Kambja_algkool, lk 114
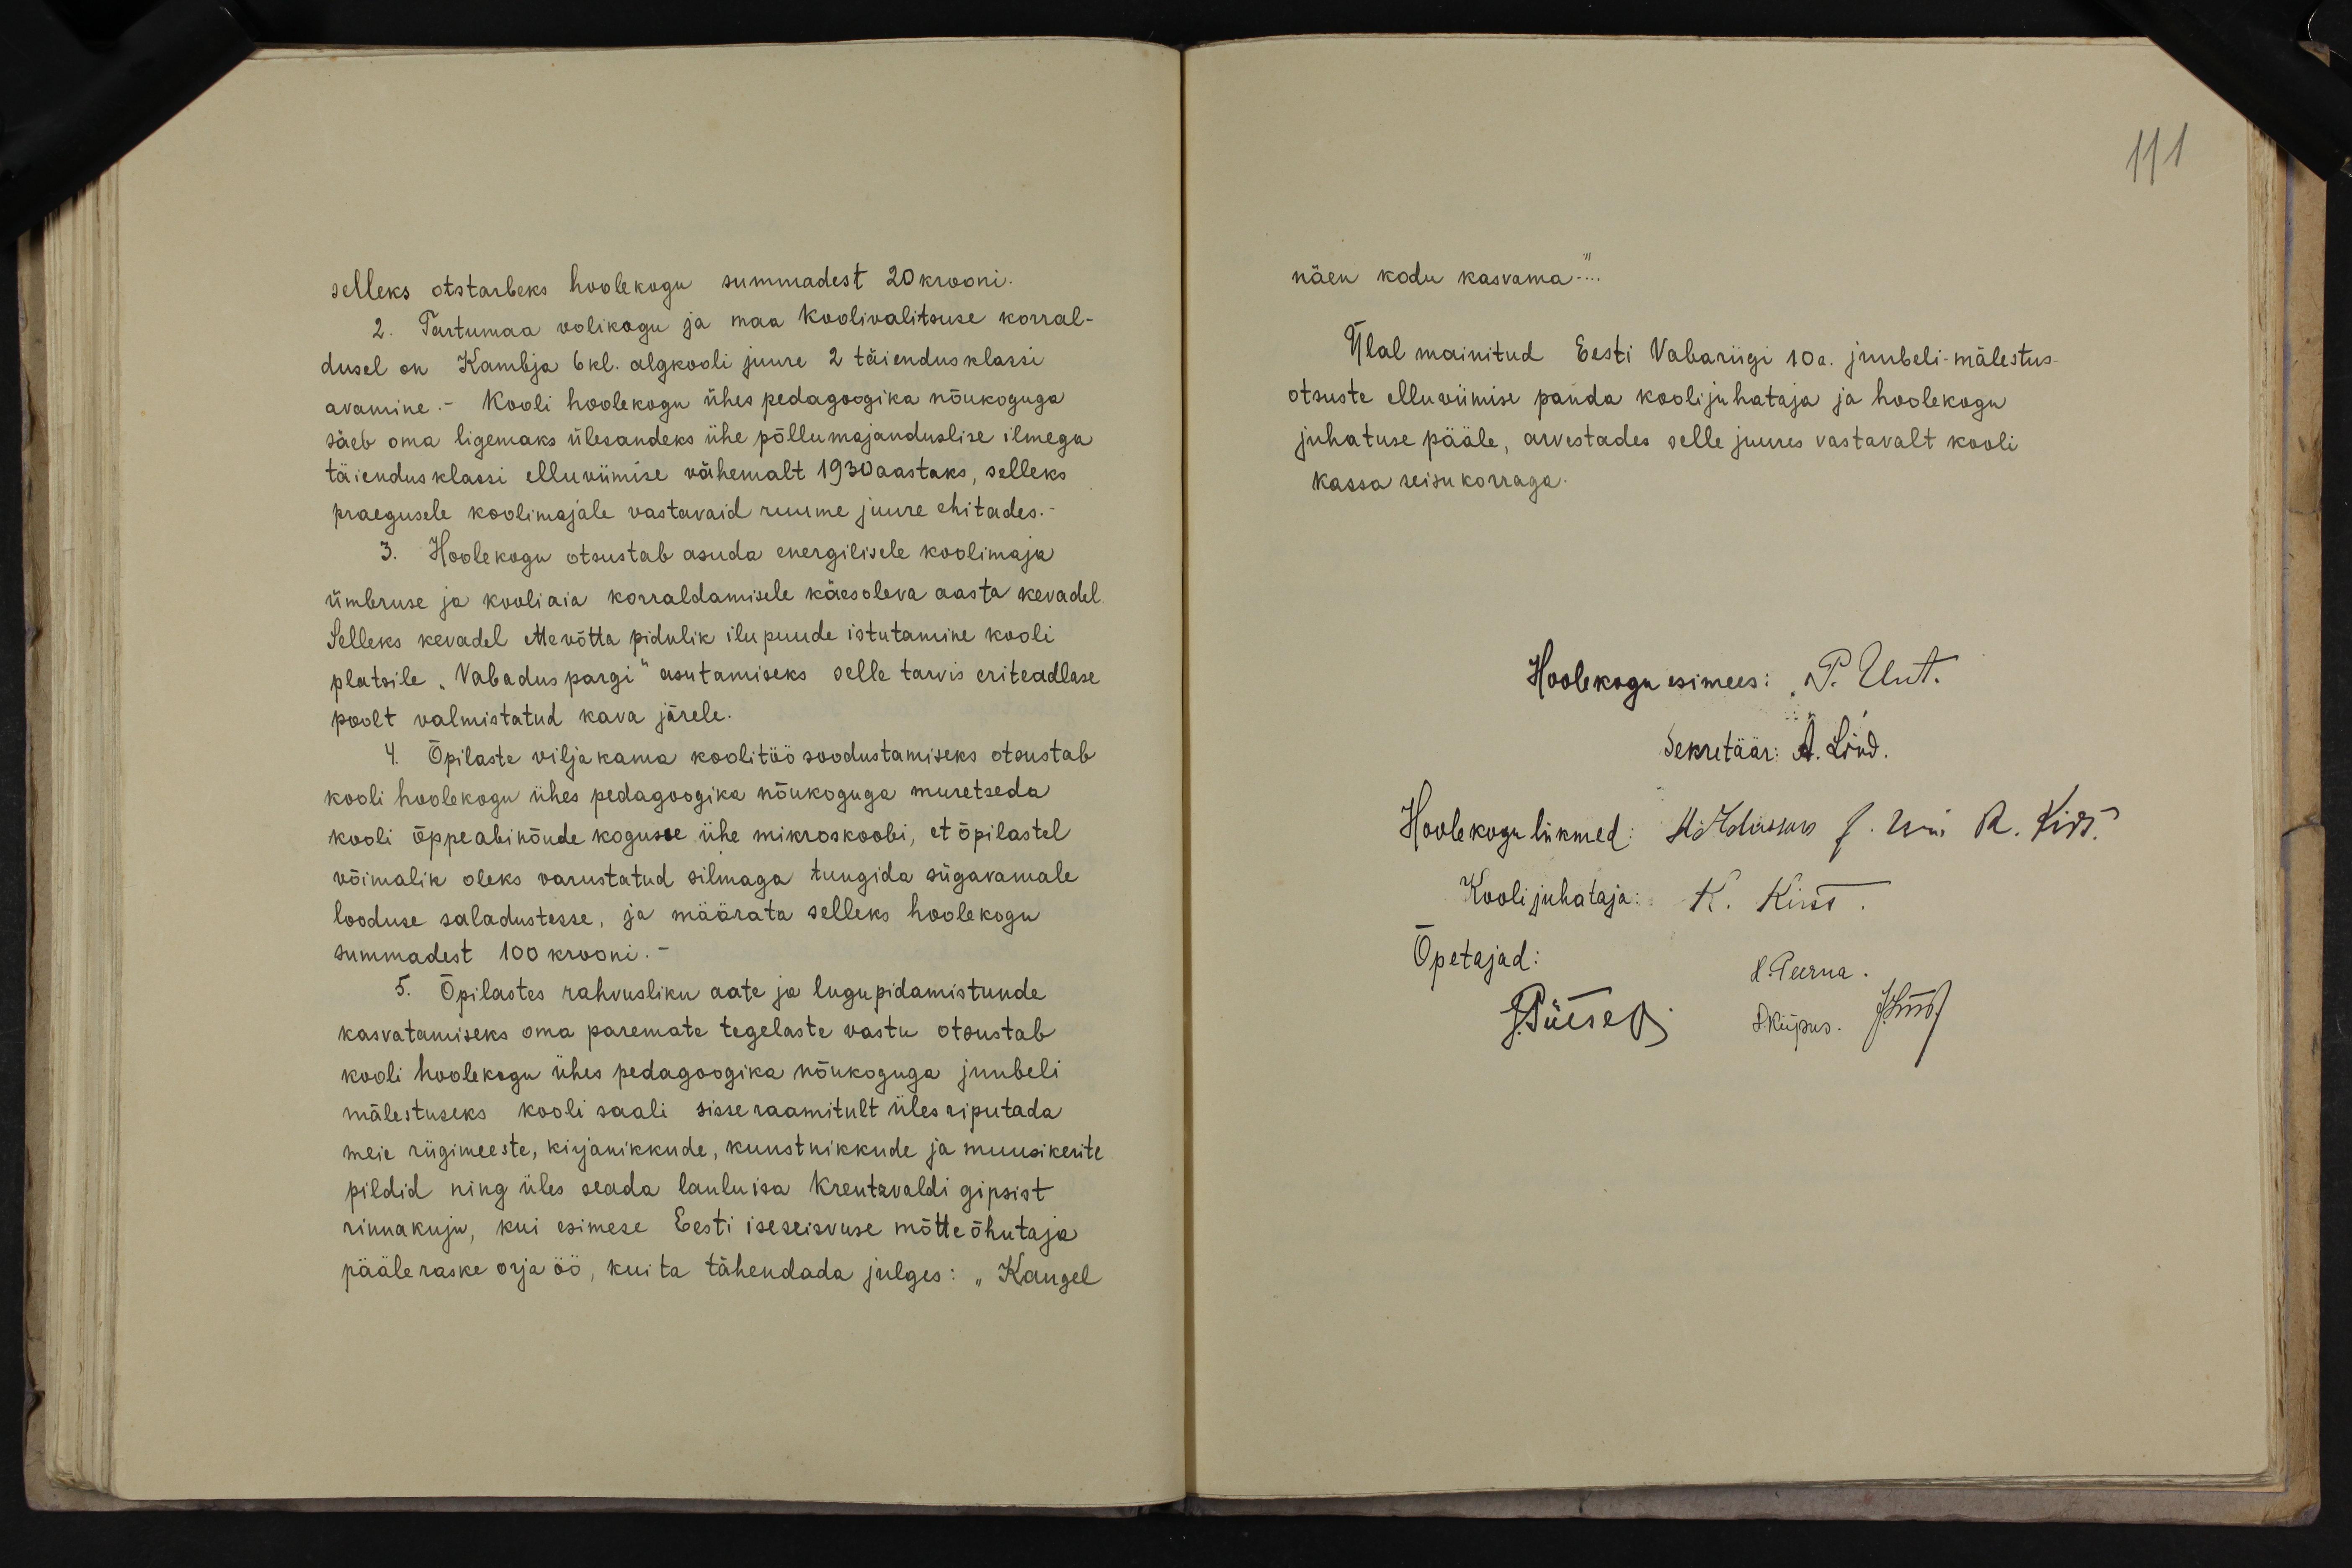
selleks otstarbeks hoolekogu summadest 20 krooni.
2. Tartumaa volikogu ja maa Koolivalitsuse korral-
dusel on Kambja 6 kl. algkooli juure 2 täiendusklassi
avamine.- Kooli hoolekogu ühes pedagoogika nõukoguga
säeb oma ligemaks ülesandeks ühe põllumajanduslise ilmega
täiendus klassi elluviimise vähemalt 1930 aastaks, selleks
praegusele koolimajale vastavaid ruume juure ehitades.
3. Hoolekogu otsustab asuda energilisele koolimaja
ümbruse ja kooliaia korraldamisele käesoleva aasta kevadel.
Selleks kevadel ette võtta pidulik ilupuude istutamine kooli
platsile "Vabaduspargi" asutamiseks selle tarvis eriteadlase
poolt valmistatud kava järele.
4. Õpilaste viljakama koolitöö soodustamiseks otsustab
kooli hoolekogu ühes pedagoogika nõukoguga muretseda
kooli õppeabinõude kogusse ühe mikroskoobi, et õpilastel
võimalik oleks varustatud silmaga tungida sügavamale.
looduse saladustesse, ja määrata selleks hoolekogu
summadest 100 krooni.-
5. Õpilastes rahvusliku aate ja lugupidamistunde
kasvatamiseks oma paremate tegelaste vastu otsustab
kooli hoolekogu ühes pedagoogika nõukoguga juubeli
mälestuseks kooli saali sisse raamitult üles riputada.
meie riigimeeste, kirjanikkude, kunstnikkude ja muusikerite
pildid ning üles seada lauluisa Kreutzvaldi gipsist
rinnakuju, kui esimese Eesti iseseisvuse mõtteõhutaja
pääle raske orja öö, kui ta tähendada julges: "Kaugel

111
näen kodu kasvama"...
Üal mainitud Eesti Vabariigi 10a. juubeli mälestus-
otsuste elluviimise panda koolijuhataja ja hoolekogu
juhatuse pääle, arvestades selle juures vastavalt kooli
kassa seisukorraga.
Hoolekogu esimees: P. Unt.
Sekretäär: A. Lind.
Hoolekogu liikmed: H. Adusson J. Uri R. Kirs.
Kooli juhataja: K. Kirss.
Õpetajad:
L.Peerna
J.Pütsep
H.Kiipus. J.Lind